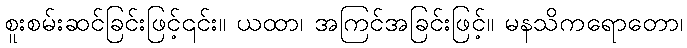
စူးစမ်းဆင်ခြင်းဖြင့်၎င်း။ ယထာ၊ အကြင်အခြင်းဖြင့်။ မနသိကရောတော၊